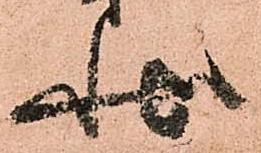
状